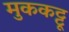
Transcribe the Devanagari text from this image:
मुककट्टू